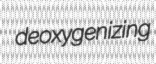
deoxygenizing